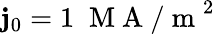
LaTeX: \mathbf{j}_{0}=1\; \mathrm{{~M~A~/~m~}}^{2}